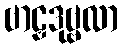
ဗာဠှဒုဗ္ဗလာ